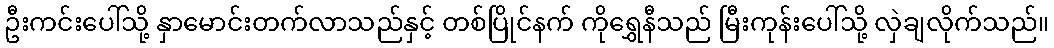
ဦးကင်းပေါ်သို့ နှာမောင်းတက်လာသည်နှင့် တစ်ပြိုင်နက် ကိုရွှေနီသည် မြီးကုန်းပေါ်သို့ လှဲချလိုက်သည်။